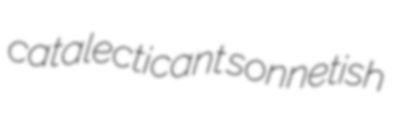
catalecticant sonnetish